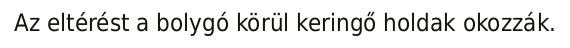
Az eltérést a bolygó körül keringő holdak okozzák.